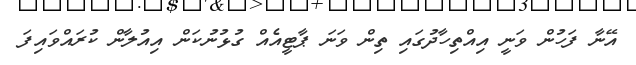
އޭނާ ފަހުން ވަނީ އިއްތިހާދުގައި ތިން ވަނަ ޕާޓީއެއް ގުޅުނުކަން އިއުލާން ކުރައްވައިފަ